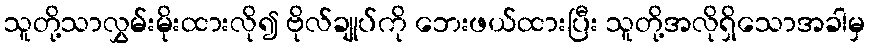
သူတို့သာလွှမ်းမိုးထားလို၍ ဗိုလ်ချုပ်ကို ဘေးဖယ်ထားပြီး သူတို့အလိုရှိသောအခါမှ